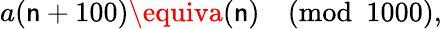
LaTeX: a(\mathsf{n}+100)\equiva(\mathsf{n}){\pmod{1000}},